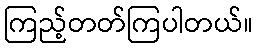
ကြည့်တတ်ကြပါတယ်။